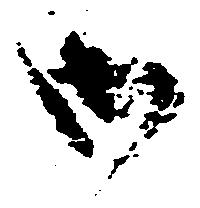
御